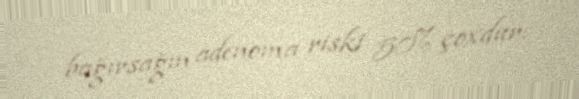
bağırsağın adenoma riski 50% çoxdur.